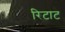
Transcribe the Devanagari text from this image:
रिटाट